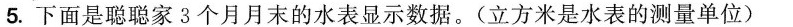
5.下面是聪聪家3个月月末的水表显示数据。(立方米是水表的测量单位)